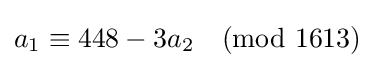
a_{1}\equiv 448-3a_{2}{\pmod {1613}}